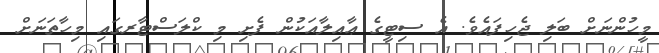
މީހުންނަށް ބަލި ޖެހިފައެވެ. އެ ސިޓީގެ ޢާއިލާއަކުން ފެށި މި ކްލަސްޓާރގައި މިހާތަނަށް